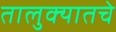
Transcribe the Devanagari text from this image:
तालुक्यातचे